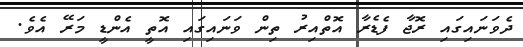
ދެވަނައިގައި ރޮޖާ ފެޑެރާ އޮތްއިރު ތިން ވަނައިގައި އޮތީ އެންޑީ މަރޭ އެވެ.